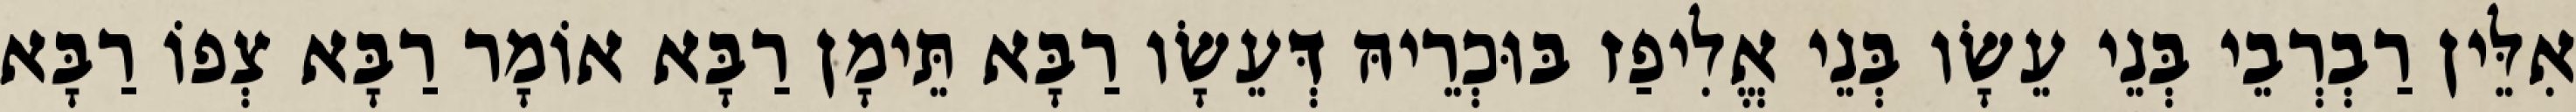
אִלֵּין רַבְרְבֵי בְּנֵי עֵשָׂו בְּנֵי אֱלִיפַז בּוּכְרֵיהּ דְּעֵשָׂו רַבָּא תֵּימָן רַבָּא אוֹמָר רַבָּא צְפוֹ רַבָּא